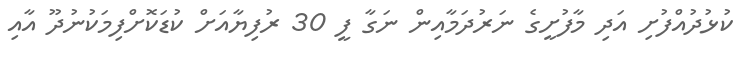
ކުޅުދުއްފުށި އަދި މާފުށީގެ ނަރުދަމާއިން ނަގާ ފީ 30 ރުފިޔާއަށް ކުޑަކޮށްފިމަކުނުދޫ އާއި